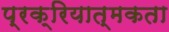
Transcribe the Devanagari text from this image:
प्रक्रियात्मकता